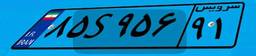
۸۵S۹۵۶۹۱